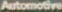
Automotive